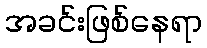
အခင်းဖြစ်နေရာ